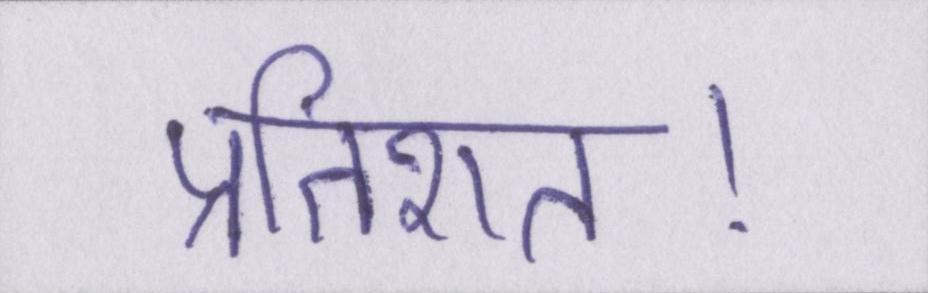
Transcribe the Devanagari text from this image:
प्रतिशत।